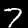
Label: 7